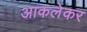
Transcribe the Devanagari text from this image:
आकलेकर